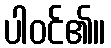
ပါဝင်၏။